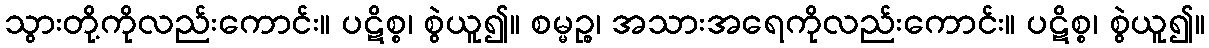
သွားတို့ကိုလည်းကောင်း။ ပဋိစ္စ၊ စွဲယူ၍။ စမ္မဉ္စ၊ အသားအရေကိုလည်းကောင်း။ ပဋိစ္စ၊ စွဲယူ၍။